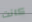
كانت